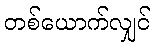
တစ်ယောက်လျှင်